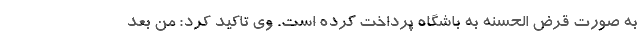
به صورت قرض الحسنه به باشگاه پرداخت کرده است. وی تاکید کرد: من بعد